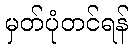
မှတ်ပုံတင်ရန်